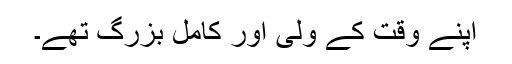
اپنے وقت کے ولی اور کامل بزرگ تھے۔